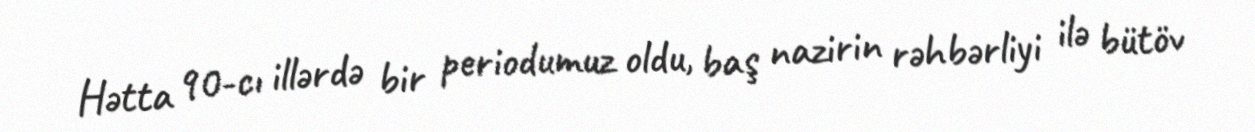
Hətta 90-cı illərdə bir periodumuz oldu, baş nazirin rəhbərliyi ilə bütöv